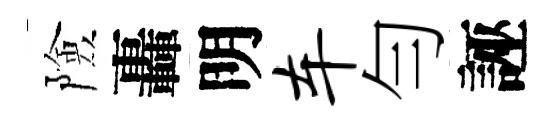
險轟明车勻誣